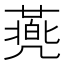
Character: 𠙯